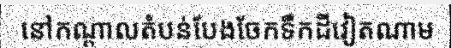
នៅកណ្តាលតំបន់បែងចែកទឹកដីវៀតណាម